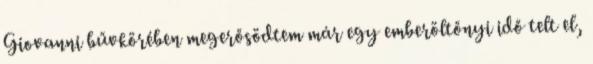
Giovanni bűvkörében megerősödtem már egy emberöltőnyi idő telt el,